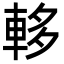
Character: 䡔